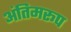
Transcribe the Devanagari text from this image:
अंतिमरूप